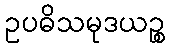
ဥပဓိသမုဒယဉ္စ